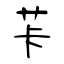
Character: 芐